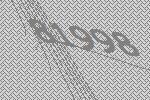
81998